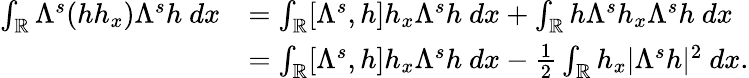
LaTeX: \begin{array}{rl}{\int_{\mathbb R}\Lambda^{s}(hh_{x})\Lambda^{s}h\ dx}&{=\int_{\mathbb R}[\Lambda^{s},h]h_{x}\Lambda^{s}h\ dx+\int_{\mathbb R}h\Lambda^{s}h_{x}\Lambda^{s}h\ dx}\\ &{=\int_{\mathbb R}[\Lambda^{s},h]h_{x}\Lambda^{s}h\ dx-\frac{1}{2}\int_{\mathbb R}h_{x}|\Lambda^{s}h|^{2}\ dx.}\end{array}